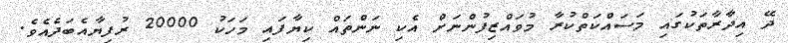
ދޭ އިދާރާތަކުގައި މަސައްކަތްކުރާ މުވައްޒިފުންނަށް އެކި ނަންތައް ކިޔާފައި މަހަކު 20000 ރުފިޔާއެބަދެއެވެ.